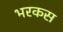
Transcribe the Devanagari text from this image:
भरकस